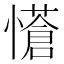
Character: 𭟇